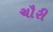
ચૌરી